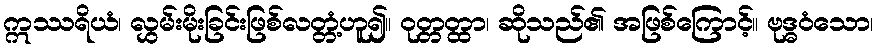
ဣဿရိယံ၊ လွှမ်းမိုးခြင်းဖြစ်လတ္တံ့ဟူ၍။ ဝုတ္တတ္ထာ၊ ဆိုသည်၏ အဖြစ်ကြောင့်။ ဗုဒ္ဓဝံသော၊